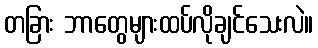
တခြား ဘာတွေများထပ်လိုချင်သေးလဲ။